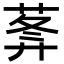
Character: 𦵝